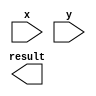
`timescale 1ns / 1ps
//////////////////////////////////////////////////////////////////////////////////
// Company: 
// Engineer: 
// 
// Design Name: 
// Module Name: mul
// Project Name: 
// Target Devices: 
// Tool Versions: 
// Description: 
// 
// Dependencies: 
// 
// Revision:
// Revision 0.01 - File Created
// Additional Comments:
// 
//////////////////////////////////////////////////////////////////////////////////


module mul(
    input [3:0] x,
    input [3:0] y,
    output [3:0] result
    );
endmodule